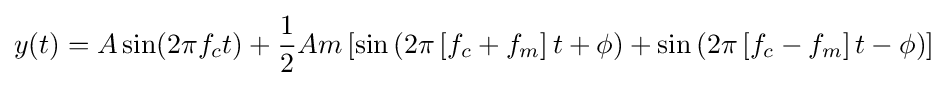
y(t)=A\sin(2\pi f_{c}t)+{\frac {1}{2}}Am\left[\sin \left(2\pi \left[f_{c}+f_{m}\right]t+\phi \right)+\sin \left(2\pi \left[f_{c}-f_{m}\right]t-\phi \right)\right]